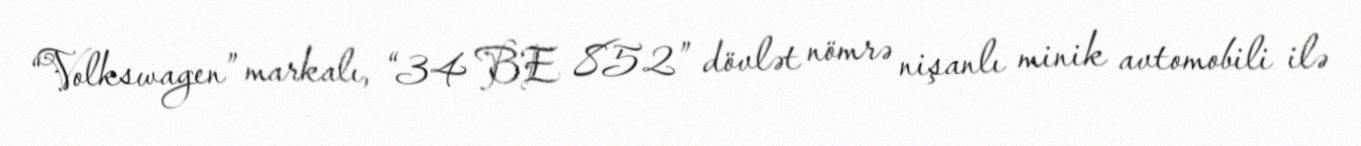
“Volkswagen” markalı, “34 BE 852” dövlət nömrə nişanlı minik avtomobili ilə